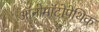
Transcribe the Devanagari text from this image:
ऑनोमॉटोपेथिक